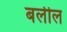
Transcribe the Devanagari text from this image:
बलील